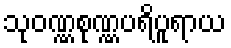
သုဝဏ္ဏစုဏ္ဏပရိပူရာယ